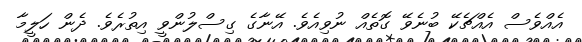
އެއްވެސް އެއްޗެކޭ ބުނެވޭ ގޮތެއް ނުވިއެވެ. އޭނާގެ ގިސްލުންވީ އިތުރެވެ. ދެން ހަލީމާ